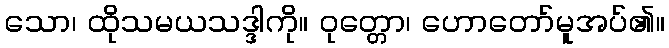
သော၊ ထိုသမယသဒ္ဒါကို။ ဝုတ္တော၊ ဟောတော်မူအပ်၏။